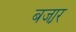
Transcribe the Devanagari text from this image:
बजा़र